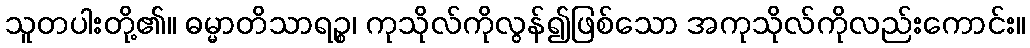
သူတပါးတို့၏။ ဓမ္မာတိသာရဉ္စ၊ ကုသိုလ်ကိုလွန်၍ဖြစ်သော အကုသိုလ်ကိုလည်းကောင်း။